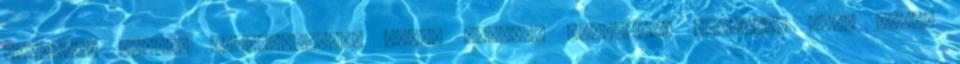
lehetett magyar szakvezetőtől ilyen karakán véleményt hallani. Hogy aztán